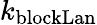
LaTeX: k_{\mathrm{blockLan}}